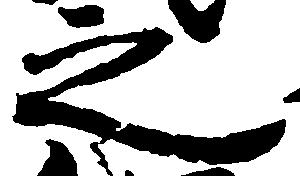
之